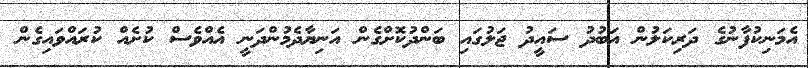
އެމަނިކުފާނުގެ ދަރިކަލުން އަބުދު ސައީދު ޖަލުގައި ބަންދުކޮށްގެން އަނިޔާދެމުންދަނީ އެއްވެސް ކުށެއް ކުރައްވައިގެން